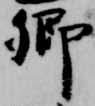
卿